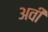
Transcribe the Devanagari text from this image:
अवी